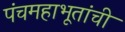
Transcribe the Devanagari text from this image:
पंचमहाभूतांची